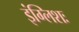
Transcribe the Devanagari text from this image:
इंग्लिशः